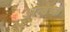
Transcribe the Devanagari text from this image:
अन्वेष्क